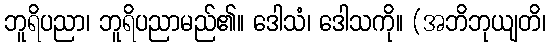
ဘူရိပညာ၊ ဘူရိပညာမည်၏။ ဒေါသံ၊ ဒေါသကို။ (အဘိဘုယျတိ၊